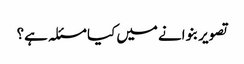
تصویر بنوانے میں کیا مسئلہ ہے؟